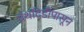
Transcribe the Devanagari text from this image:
ग्रंथदिडीपासून